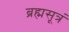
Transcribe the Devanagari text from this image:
ब्रह्मसूत्रं